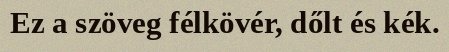
Ez a szöveg félkövér, dőlt és kék.